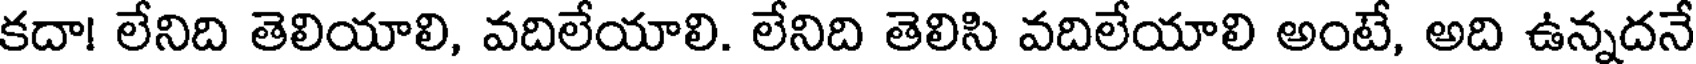
కదా! లేనిది తెలియాలి, వదిలేయాలి. లేనిది తెలిసి వదిలేయాలి అంటే, అది ఉన్నదనే